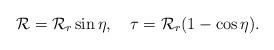
LaTeX: \begin{align*}{\cal R}= {\cal R}_r \sin \eta, ~~~\tau= {\cal R}_r (1- \cos \eta).\end{align*}